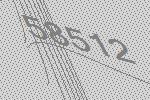
58512